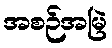
အစဉ်အမြဲ